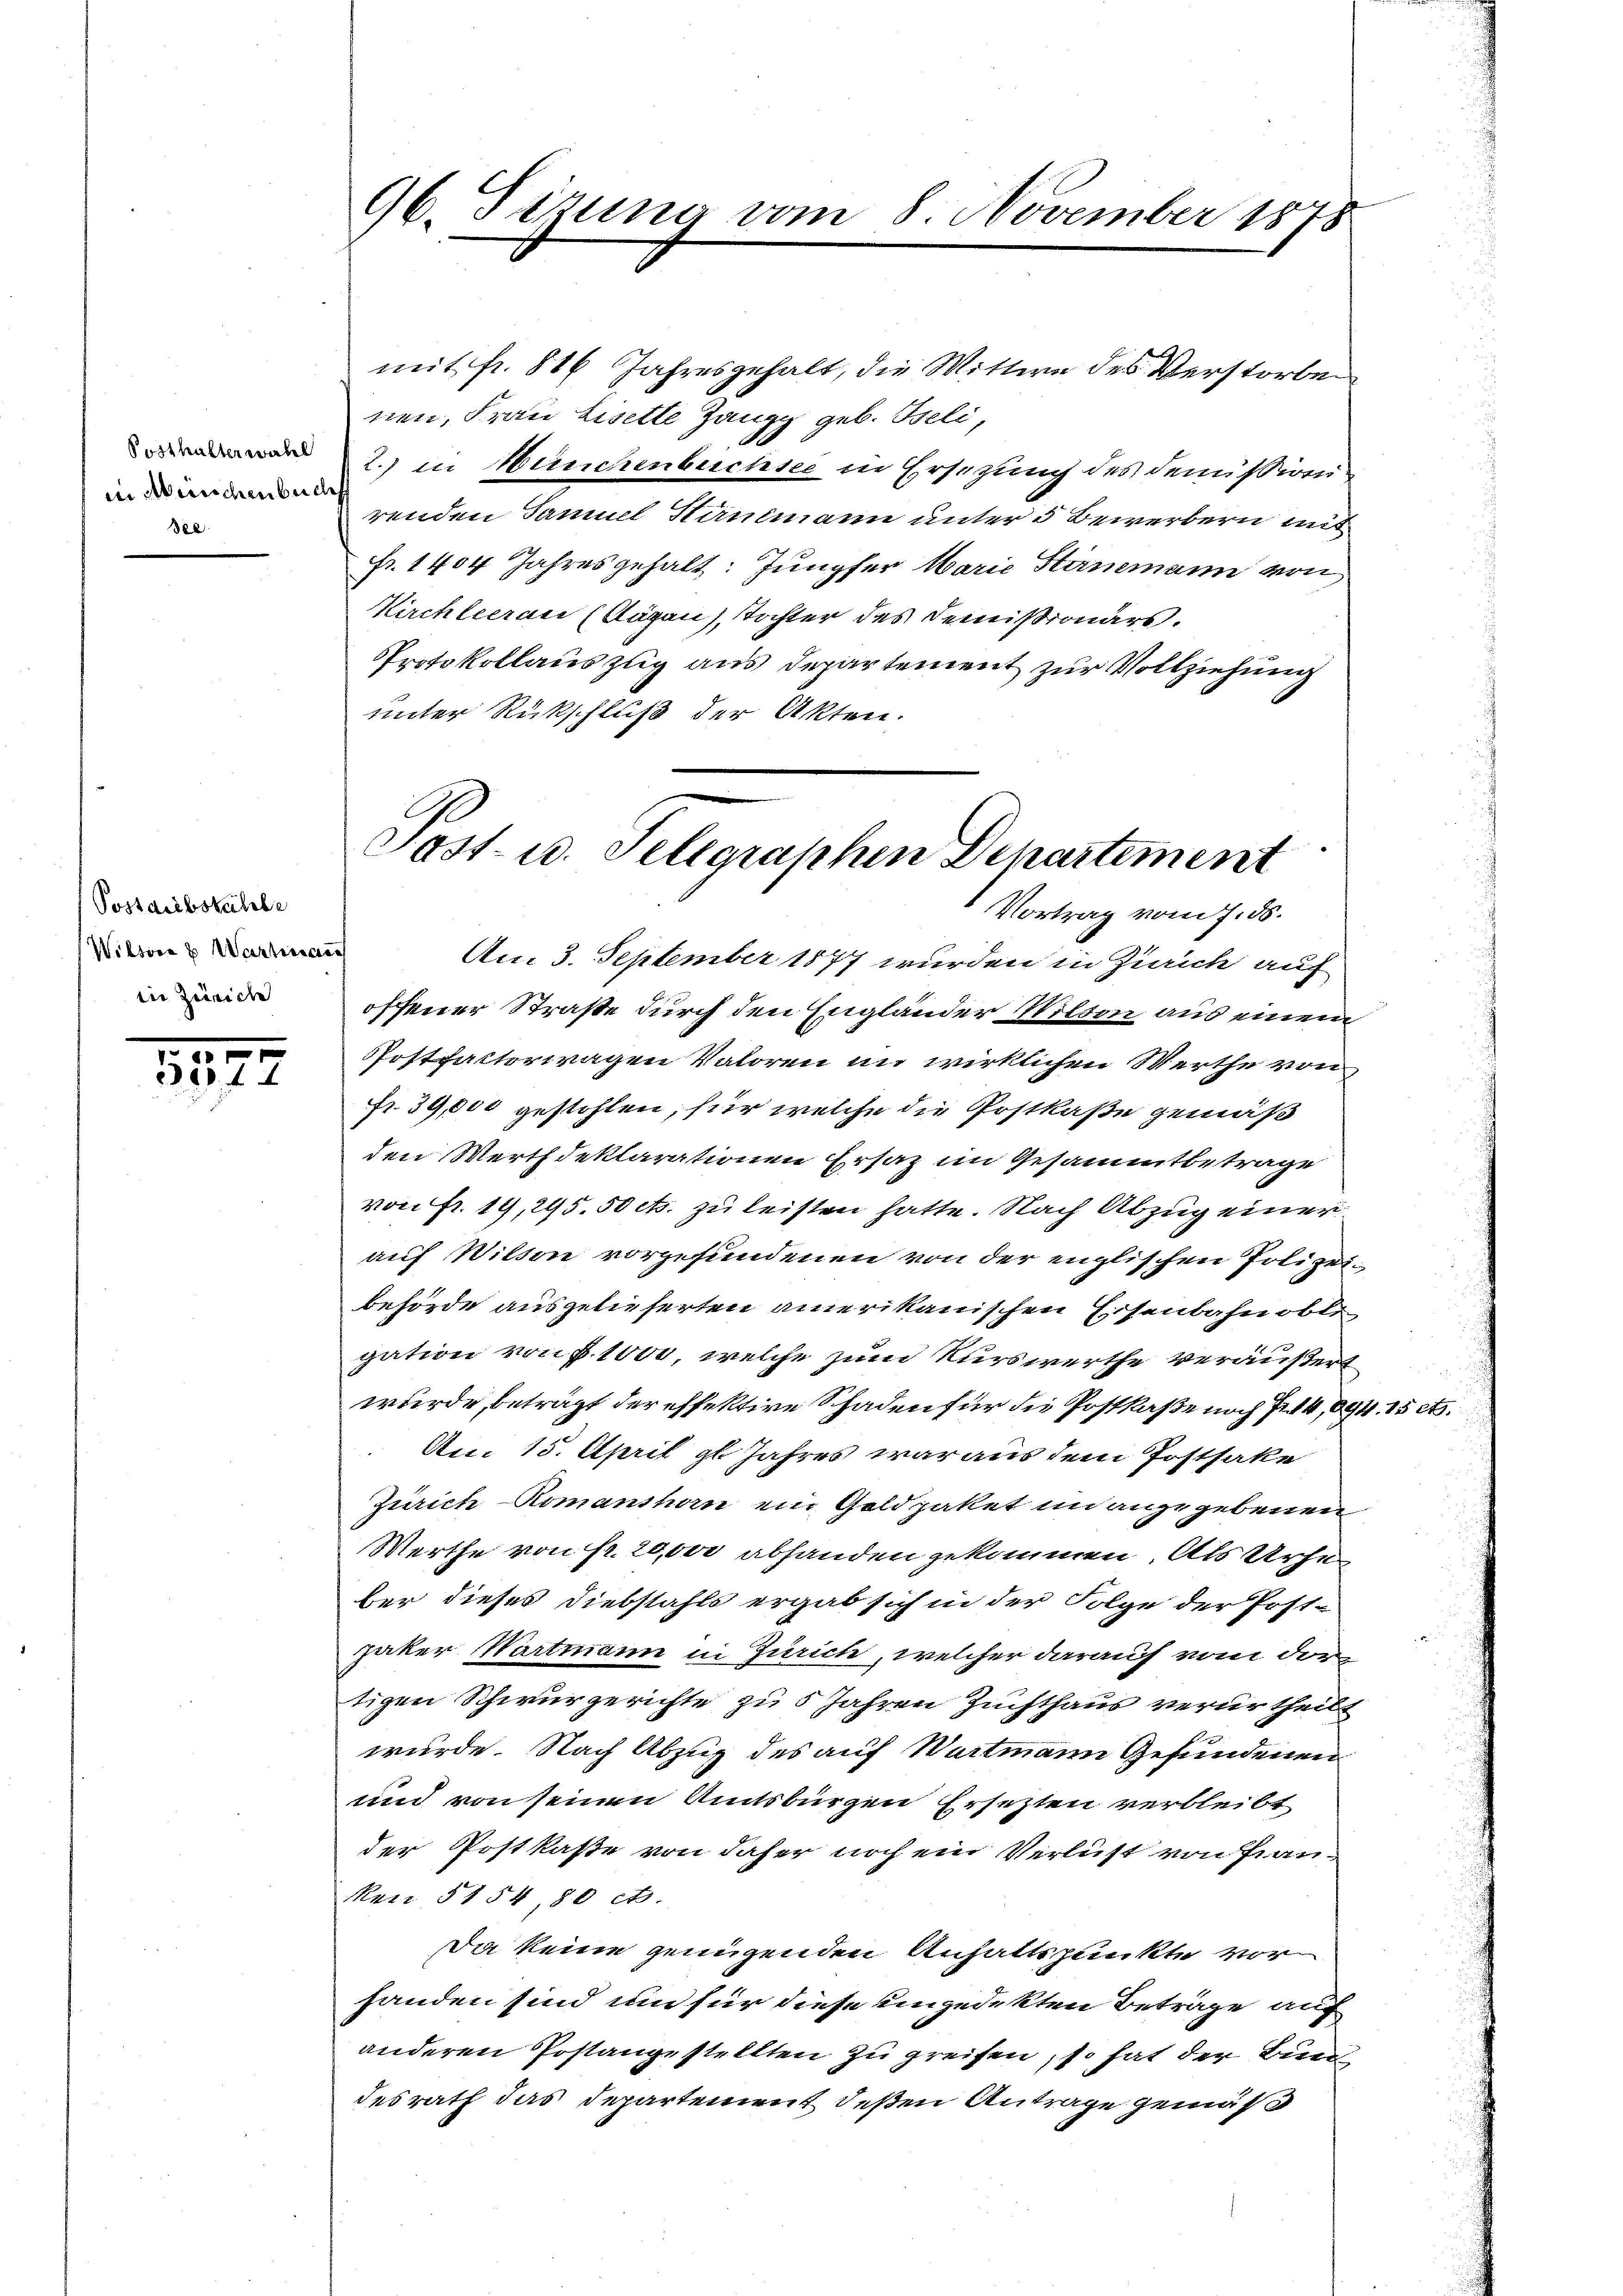
Posthalterwahl
in Musichenbuche
See

Postdiebstahle
Wilten & Wartman
die Zürich

.
531.

mit fr. 816 Jahresgehalt, die Wittwe des Verstorbe
nen, Frau Lisette Zangg geb. Iseli
2.) in Münchenbuchsee in Ersezung des demissiven
renden Famuel Kundmann unter 3 Bewerbern mit
Fr. 1404 Jahres gehalt: Jungfer Marie Stirnemann von
Kirchleerau (Stägen), Tochter des Demißionars.
Protokollauszug aus Departement zur Vollziehung
unter Rückschluß der Akten.

96. Sizung vom 8. November 1878

Post- u. Telegraphen Departement
Vortrag vom 7. ds.

Am 3. September 1877 wurden in Zürich auf
offener Straße durch den Engländer Wilson aus einem
Postfalterwagen Valoren im wirklichen Werthe von
fr. 39,000 gestohlen, für welche die Postkaße gemäß
den Werthdeklarationen Ersatz im Gesammtbetrage
von fr. 19, 295. 50 cts. zu leisten hatte. Nach Abzug einer
auf Witten vorgefundenen von der englischen Polizeibehörde ausgelieferten amerikanischen Eisenbahnoble
gation von P. 1000, welche zum Kurswerthe veräußert
wurde, beträgt der effektive Schaden für die Postkaße noch 7. 14,094. 15 A.
Am. 15. April gl. Jahres war aus dem Postsake
Zürich-Romanshorn ein Goldpaket in angegebenen
Werthe von Fr. 20,000 abhanden gekommen. Als Urhe
ber dieses Diebstahls ergab sich in der Folge der Erst-
jaker Wartmann in Zürich, welcher darauf vom dor
tigen Schwurgerichte zu 5 Jahren Zuchthaus verurtheilt
wurde. Nach Abzug des auf Wartmann Gefundenen
und von seinen Amtsbürgen Ersetzten verbleibt
der Postkasse von daher noch ein Verlust von Pranen 5154, 80 ct.
Da keine genügenden Anhaltspunkte vor
handen sind um für diese ungedekten Beträge auf
anderen Postangestellten zu greifen, so hat der Bund
desrath das Departement deßen Antrage gemäß